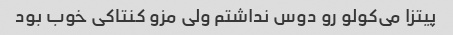
پیتزا می‌کولو رو دوس نداشتم ولی مزو کنتاکی خوب بود